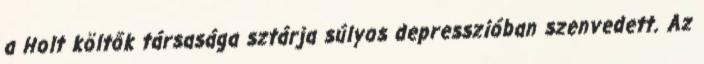
a Holt költők társasága sztárja súlyos depresszióban szenvedett. Az